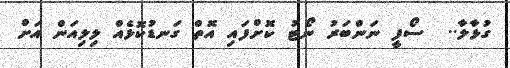
ގުޅާލާ..  ސޯފީ ނަންބަރު ނޯޓު ކޮށްފައި އޮތް ގަނޑުކޮޅެއް ލިލިއަން އަށް